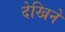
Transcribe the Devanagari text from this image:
देखिने